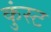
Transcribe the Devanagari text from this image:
कुंस्ट